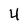
Character: 4